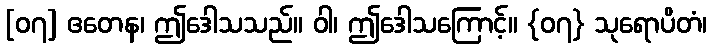
[၀၇] ဧတေန၊ ဤဒေါသသည်။ ဝါ၊ ဤဒေါသကြောင့်။ {၀၇} သုရောပိတံ၊